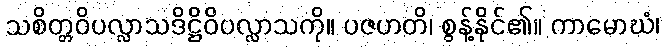
သစိတ္တဝိပလ္လာသဒိဋ္ဌိဝိပလ္လာသကို။ ပဇဟတိ၊ စွန့်နိုင်၏။ ကာမောဃံ၊